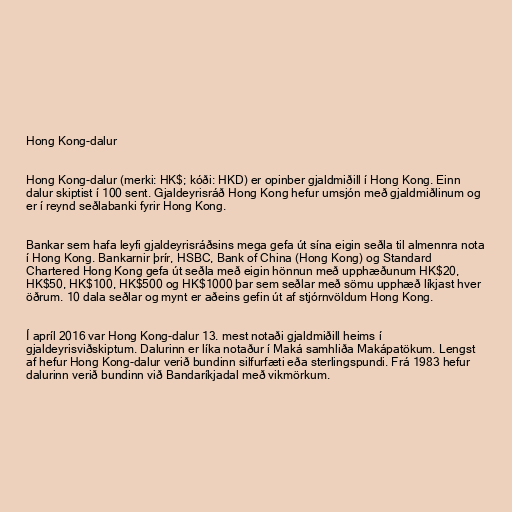
Hong Kong-dalur

Hong Kong-dalur (merki: HK$; kóði: HKD) er opinber gjaldmiðill í Hong Kong. Einn
dalur skiptist í 100 sent. Gjaldeyrisráð Hong Kong hefur umsjón með gjaldmiðlinum og
er í reynd seðlabanki fyrir Hong Kong.

Bankar sem hafa leyfi gjaldeyrisráðsins mega gefa út sína eigin seðla til almennra nota
í Hong Kong. Bankarnir þrír, HSBC, Bank of China (Hong Kong) og Standard
Chartered Hong Kong gefa út seðla með eigin hönnun með upphæðunum HK$20,
HK$50, HK$100, HK$500 og HK$1000 þar sem seðlar með sömu upphæð líkjast hver
öðrum. 10 dala seðlar og mynt er aðeins gefin út af stjórnvöldum Hong Kong.

Í apríl 2016 var Hong Kong-dalur 13. mest notaði gjaldmiðill heims í
gjaldeyrisviðskiptum. Dalurinn er líka notaður í Maká samhliða Makápatökum. Lengst
af hefur Hong Kong-dalur verið bundinn silfurfæti eða sterlingspundi. Frá 1983 hefur
dalurinn verið bundinn við Bandaríkjadal með vikmörkum.